Plague in India, 1896, 1897 - Volume 1
Year: 1896
Disease focus: Plague
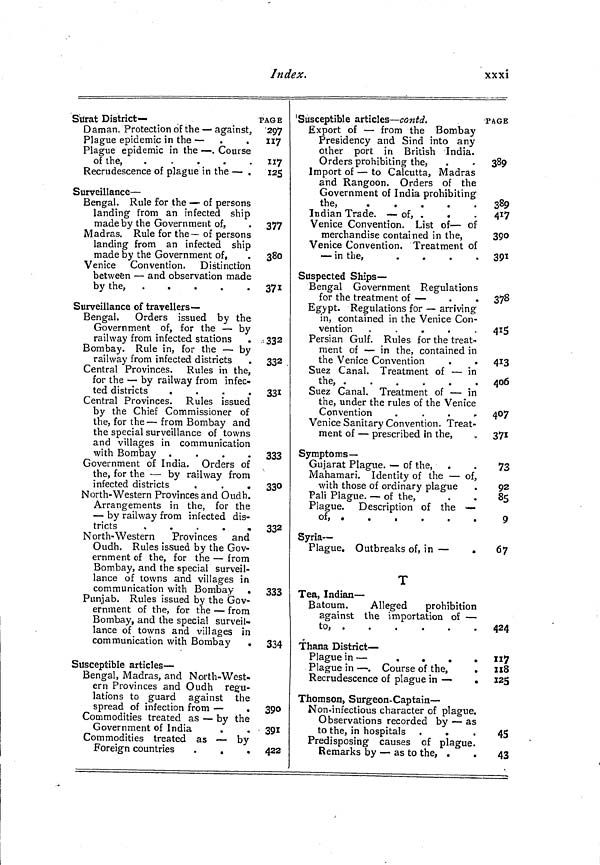
Index.
xxxi
Surat District—
Daman. Protection of the — against,
Plague epidemic in the —
Plague epidemic in the — . Course
of the,
.
Recrudescence of plague in the — .
Surveillance —
Bengal. Rule for the — of persons
landing from an infected ship
made by the Government of,
Madras. Rule for the— of persons
landing from an infected ship
made by the Government of,
Venice Convention. Distinction
between — and observation made
by the,
.
Surveillance of travellers—
Bengal.
Orders issued by the
Government of, for the — by
railway from infected stations .
Bombay. Rule in, for the — by
railway from infected districts
Central Provinces. Rules in the,
for the — by railway from infec-
ted districts
.
.
.
.
Central Provinces. Rules issued
by the Chief Commissioner of
the, for the — from Bombay and
the special surveillance of towns
and villages in communication
with Bombay .
.
.
.
Government of India. Orders of
the, for the — by railway from
infected districts
.
.
North-Western Provinces and Oudh.
Arrangements in the, for the
— by railway from infected dis-
tricts
North- Western
Provinces and
Oudh. Rules issued by the Gov-
ernment of the, for the — from
Bombay, and the special surveil-
lance of towns and villages in
communication with Bombay .
Punjab. Rules issued by the Gov-
ernment of the, for the — from
Bombay, and the special surveil-
lance of towns and villages in
communication with Bombay
.
Susceptible articles —
Bengal, Madras, and North-West-
ern Provinces and Oudh regu-
lations to guard against the
spread of infection from —
.
Commodities treated as — by the
Government of India
.
Commodities treated as — by
Foreign countries
.
.
.
PAGE
297
117
117
135
377
380
371
332
332
331
333
330
332
333
334
390
391
422
Susceptible articles — contd.
Export of — from the Bombay
Presidency and Sind into any
other port in British India.
Orders prohibiting the,
Import of — to Calcutta, Madras
and Rangoon. Orders of the
Government of India prohibiting
the,
.
Indian Trade. — of, .
Venice Convention. List of — of
merchandise contained in the,
Venice Convention. Treatment of
— in the,
.
Suspected Ships —
Bengal Government Regulations
for the treatment of —
Egypt. Regulations for — arriving
in, contained in the Venice Con-
vention .
.
.
.
.
Persian Gulf. Rules for the treat-
ment of — in the, contained in
the Venice Convention
Suez Canal. Treatment of — in
the, .
.
.
.
.
.
Suez Canal. Treatment of — in
the, under the rules of the Venice
Convention
.
Venice Sanitary Convention. Treat-
ment of — prescribed in the,
Symptoms—
Gujarat Plague. — of the, .
Mahamari. Identity of the — of,
with those of ordinary plague
Pali Plague. — of the,
Plague. Description of the —
of,
.
.
.
.
.
.
.
Syria —
Plague, Outbreaks of, in —
T
Tea, Indian —
Batoum.
Alleged
prohibition
against the importation of —
to,
Thana District —
Plague in —
.
.
.
.
Plague in — . Course of the,
.
Recrudescence of plague in —
.
Thomson, Surgeon-Captain —
Non-infectious character of plague.
Observations recorded by — as
to the, in hospitals
Predisposing causes of plague.
Remarks by — as to the, .
.
PAGE
389
389
417
390
391
378
415
413
406 T
407
371
73
92
85
9
67
424
117
118
125
45
43